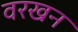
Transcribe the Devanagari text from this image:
वरखन